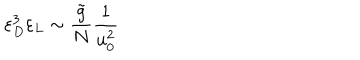
LaTeX: \varepsilon _ { D } ^ { 3 } \varepsilon _ { L } \sim \frac { \tilde { g } } { N } \frac { 1 } { u _ { 0 } ^ { 2 } }